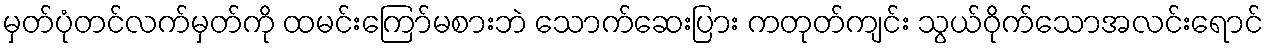
မှတ်ပုံတင်လက်မှတ်ကို ထမင်းကြော်မစားဘဲ သောက်ဆေးပြား ကတုတ်ကျင်း သွယ်ဝိုက်သောအလင်းရောင်